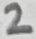
Text: 2